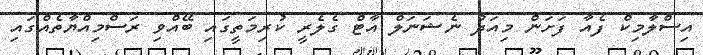
އިސްލާމިކް ފެއާ ފަށަން މިއަދު ނެޝަނަލް އާޓް ގެލެރީ ކުރިމަތީގައި ބޭއްވި ރަސްމިއްޔާތެއްގައި